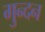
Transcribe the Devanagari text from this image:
गुन्दन